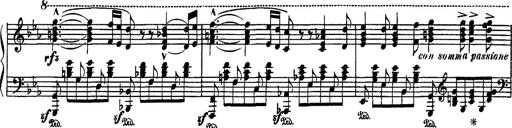
Title: Fantaisie sur des motifs favoris de l'opÃ©ra 'La sonnambula'
Composer: Franz Liszt